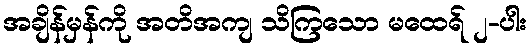
အချိန်မှန်ကို အတိအကျ သိကြသော မထေရ် ၂-ပါး